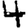
Digit: 4